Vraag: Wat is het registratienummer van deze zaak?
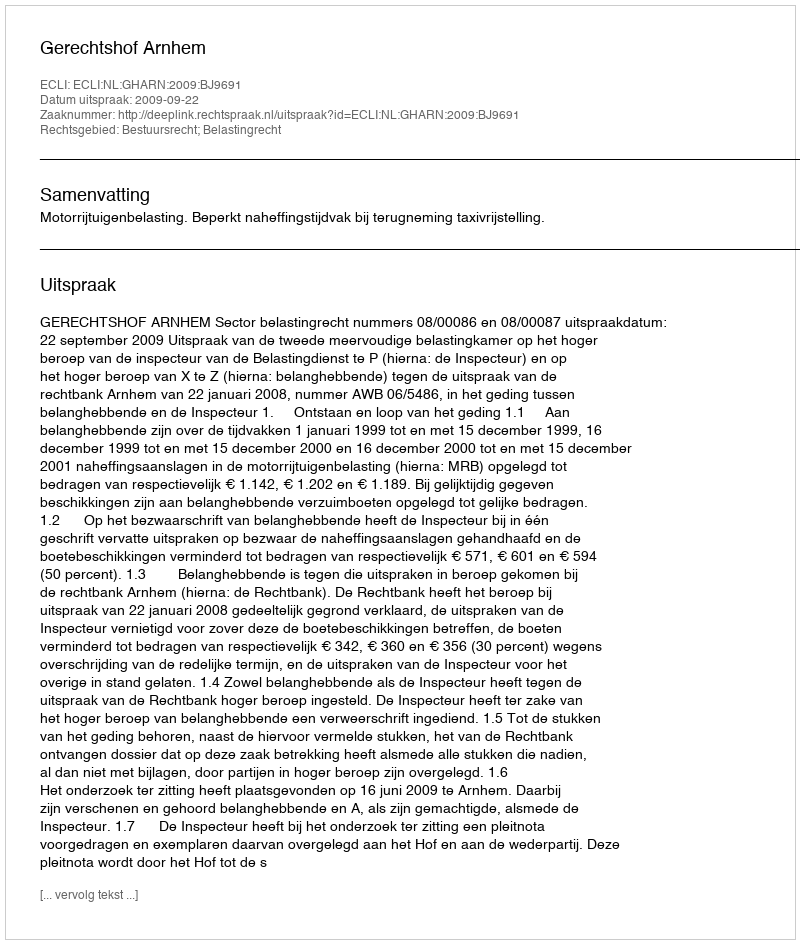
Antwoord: http://deeplink.rechtspraak.nl/uitspraak?id=ECLI:NL:GHARN:2009:BJ9691